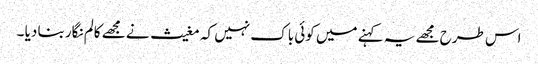
اس طرح مجھے یہ کہنے میں کوئی باک نہیں کہ مغیث نے مجھے کالم نگار بنا دیا ۔